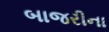
બાજરીના